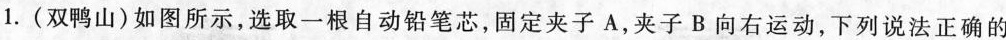
1.(双鸭山)如图所示，选取一根自动铅笔芯，固定夹子A，夹子B向右运动，下列说法正确的